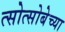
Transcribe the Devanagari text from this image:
त्सोत्सोबेच्या